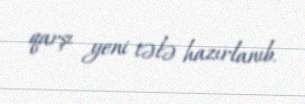
qarşı yeni tələ hazırlanıb.